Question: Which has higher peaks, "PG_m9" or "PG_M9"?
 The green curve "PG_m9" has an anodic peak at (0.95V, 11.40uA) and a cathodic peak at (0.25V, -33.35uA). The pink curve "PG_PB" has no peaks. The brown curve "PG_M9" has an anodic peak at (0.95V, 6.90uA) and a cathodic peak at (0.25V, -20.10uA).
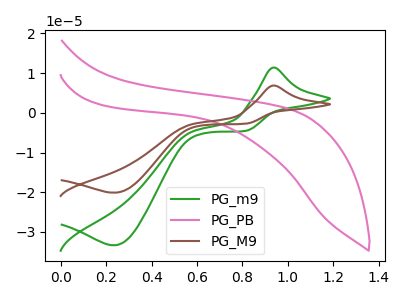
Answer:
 <answer>Every peak in "PG_m9" is higher than every peak in "PG_M9".</answer>
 <eval>higher</eval>